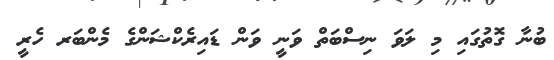
ބުނާ ގޮތުގައި މި ލަވަ ނިސްބަތް ވަނީ ވަން ޑައިރެކްޝަންގެ މެންބަރ ހެރީ